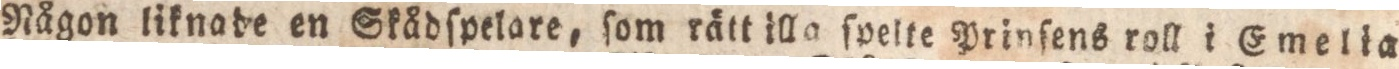
Någon liknade en Skåadſpelare, ſom rätt illa ſpelte Prinſens roll i Emelia